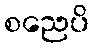
စညေပိ